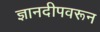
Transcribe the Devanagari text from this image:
ज्ञानदीपवरून